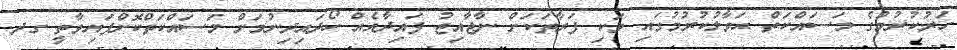
ހަރުކުރުމުގެ މަސައްކަތް ޙަވާލުކުރުމުގައި ވަކި ފަރާތަކަށް ނާޖާއިޒު ފައިދާއެއް ހޯދައިދިނުމަށް މަސައްކަތްކޮށްފައިވާތީ ގދ.